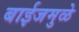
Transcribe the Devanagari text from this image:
बाईजमुळे